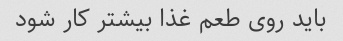
باید روی طعم غذا بیشتر کار شود